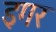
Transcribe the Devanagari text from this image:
इगर